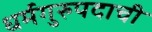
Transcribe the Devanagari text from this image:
धर्मगुरुपदाची